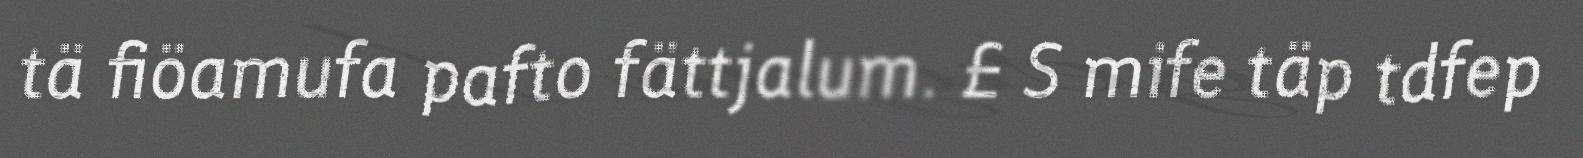
tä fiöamufa pafto fättjalum. £ S mife täp tdfep